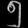
Digit: ၅